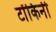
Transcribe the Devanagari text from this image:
टोंकिनी